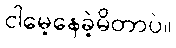
ငါမေ့နေခဲ့မိတာပဲ။